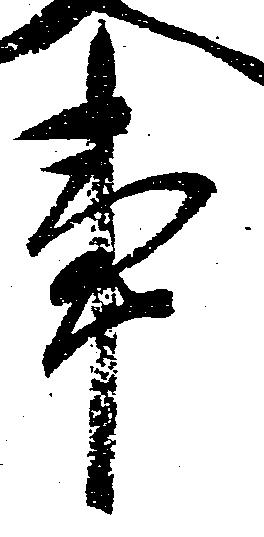
事